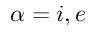
\alpha = i , e